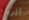
أثرياء